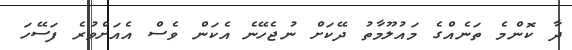
ދާ ކޮންމެ ތަނެއްގެ މައުލޫމާތު ދޭކަށް ނުޖެހޭނެ އެކަން ވެސް އެއަށްވުރެ ފަސޭހަ